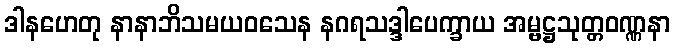
ဒါနဟေတု နာနာဘိသမယဝသေန နဂရသဒ္ဒါပေက္ခာယ အမ္ဗဋ္ဌသုတ္တဝဏ္ဏနာ